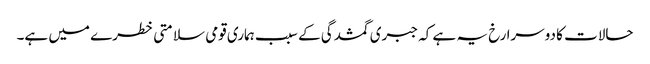
حالات کا دوسرا رخ یہ ہے کہ جبری گمشدگی کے سبب ہماری قومی سلامتی خطرے میں ہے۔